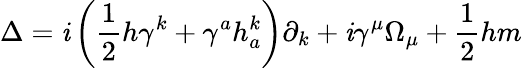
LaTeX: \Delta=\mathit{i}\left(\frac{1}{2}h\gamma^{k}+\gamma^{a}h_{a}^{k}\right)\partial_{k}+\mathit{i}\gamma^{\mu}\Omega_{\mu}+\frac{1}{2}hm